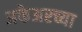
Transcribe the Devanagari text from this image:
अफेअरच्या